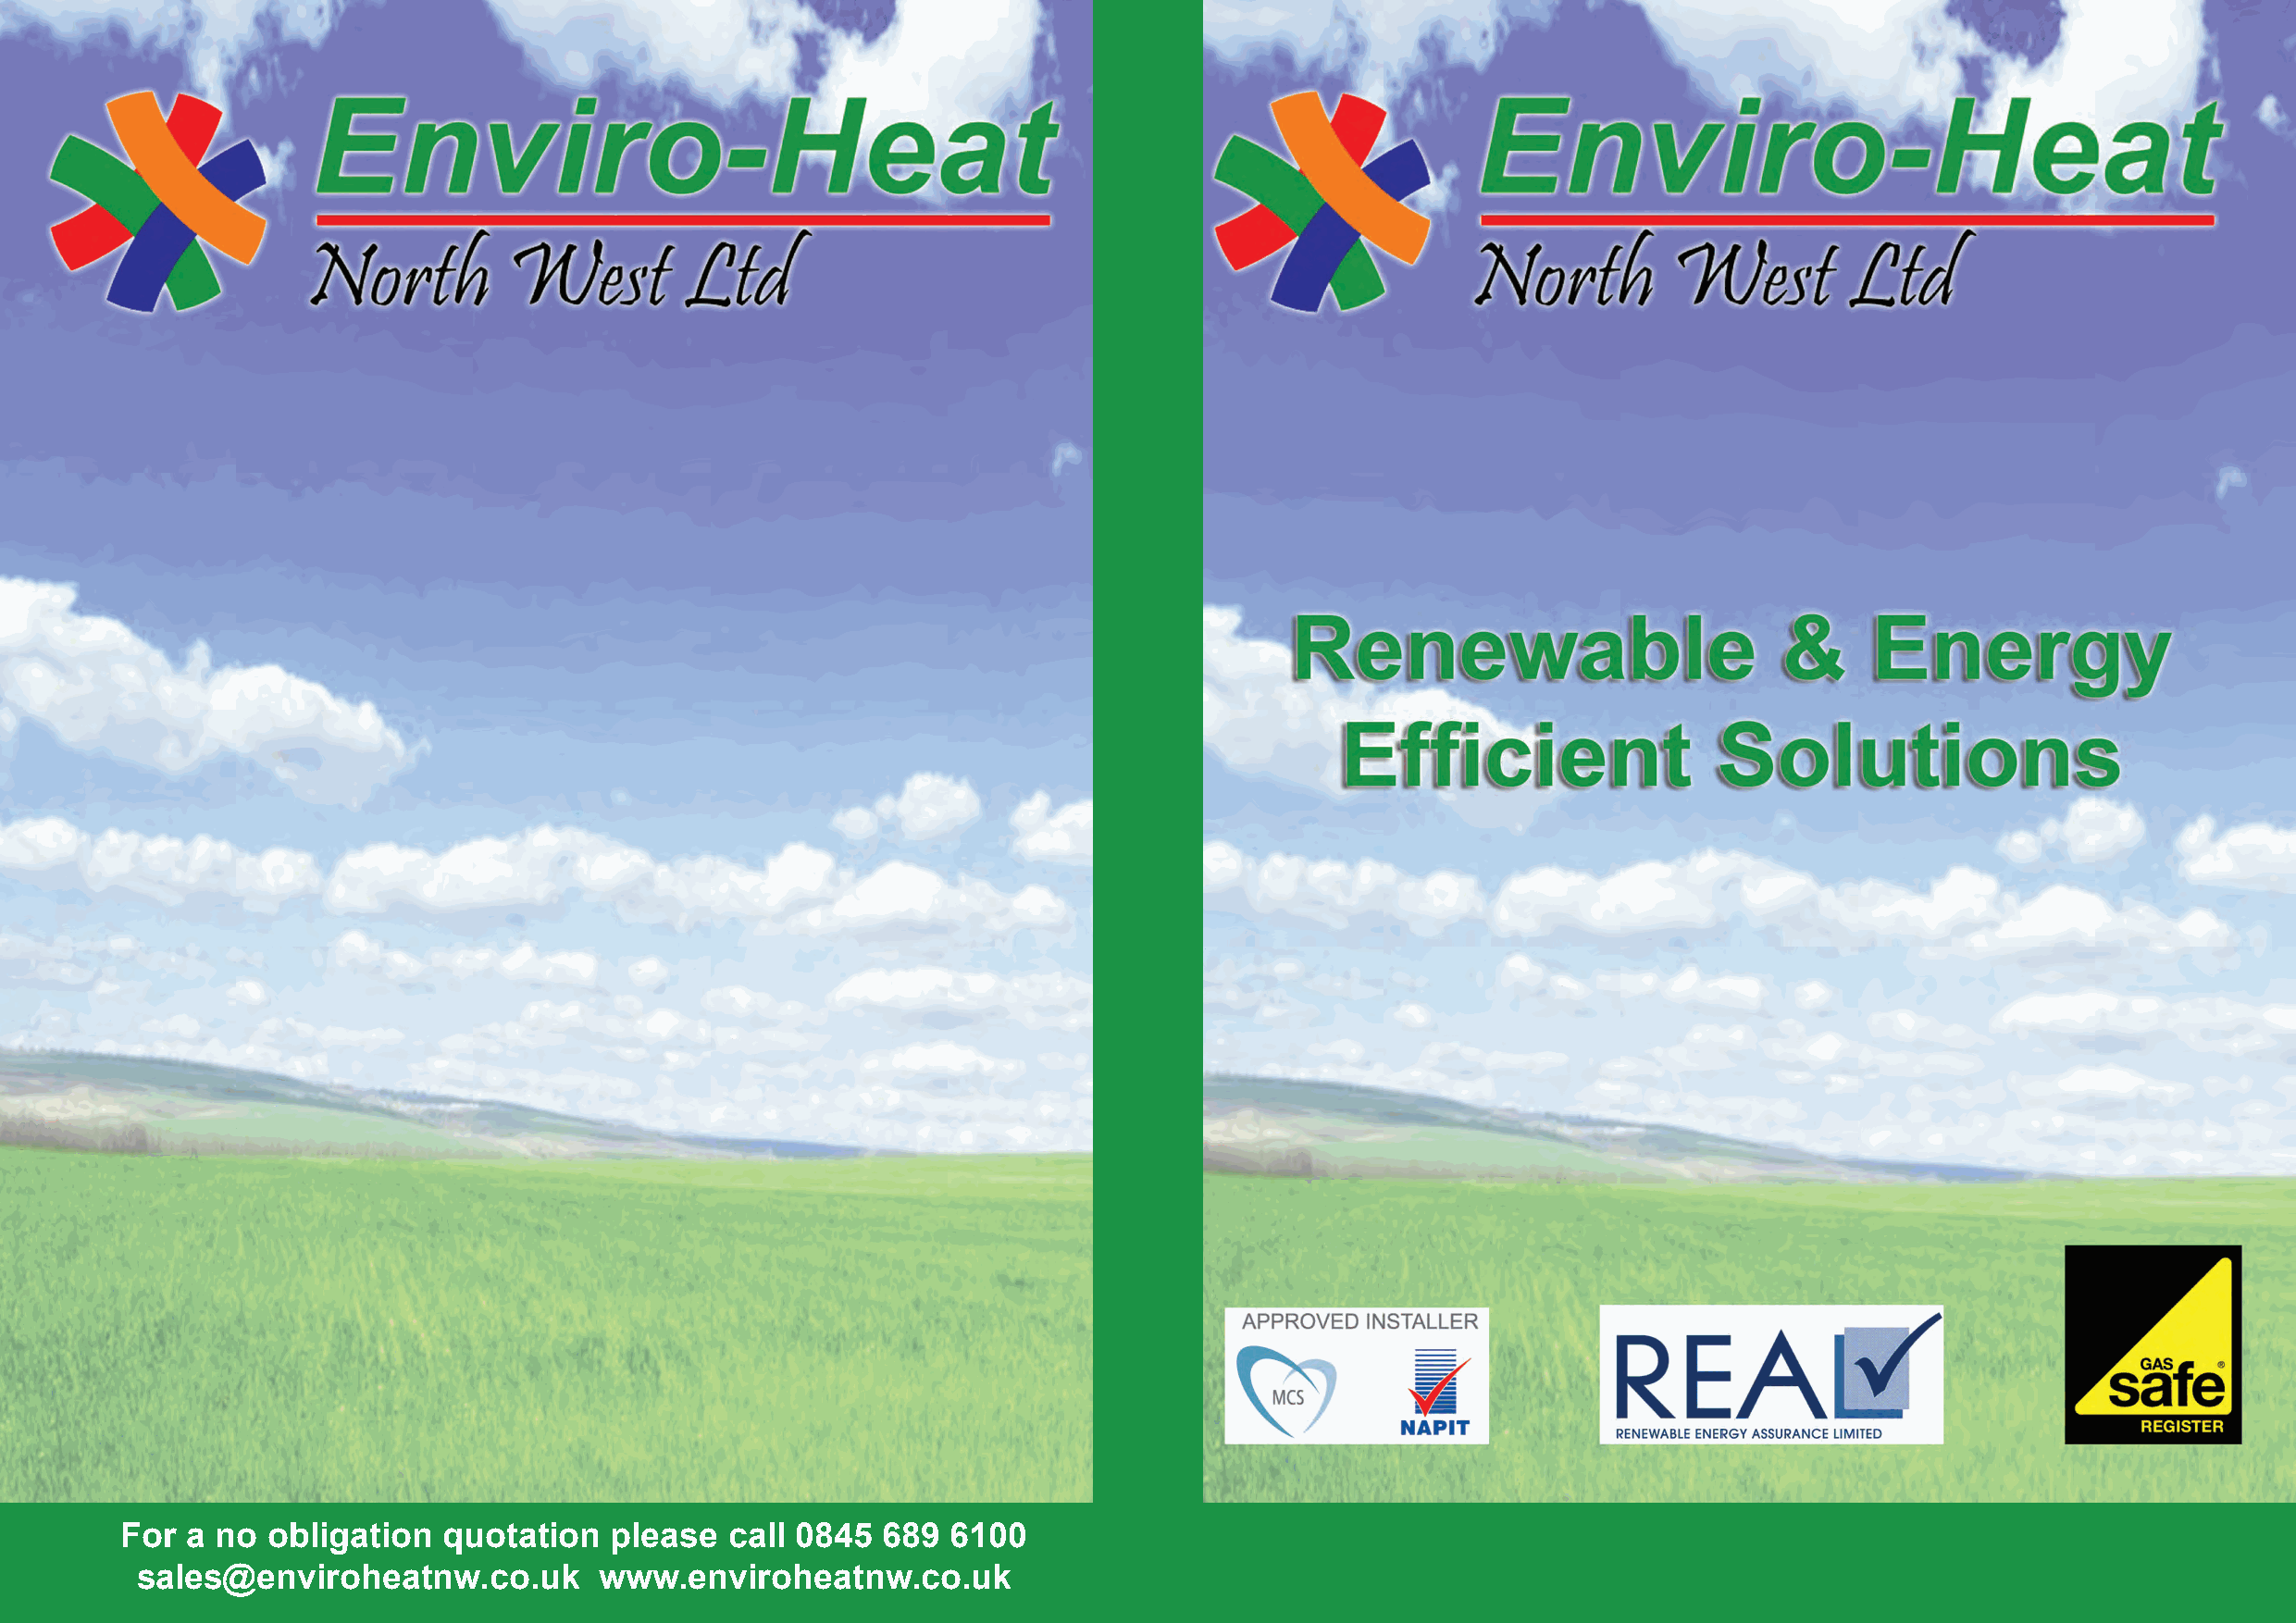
For a no  obligation   quotation   please  call 0845  689  6100
 sales@enviroheatnw.co.uk         www.enviroheatnw.co.uk